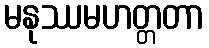
မနုဿမဟတ္တတာ